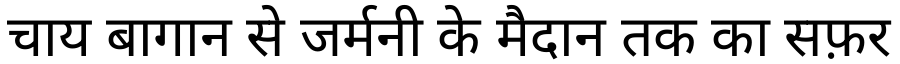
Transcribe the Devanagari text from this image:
चाय बागान से जर्मनी के मैदान तक का सफ़र